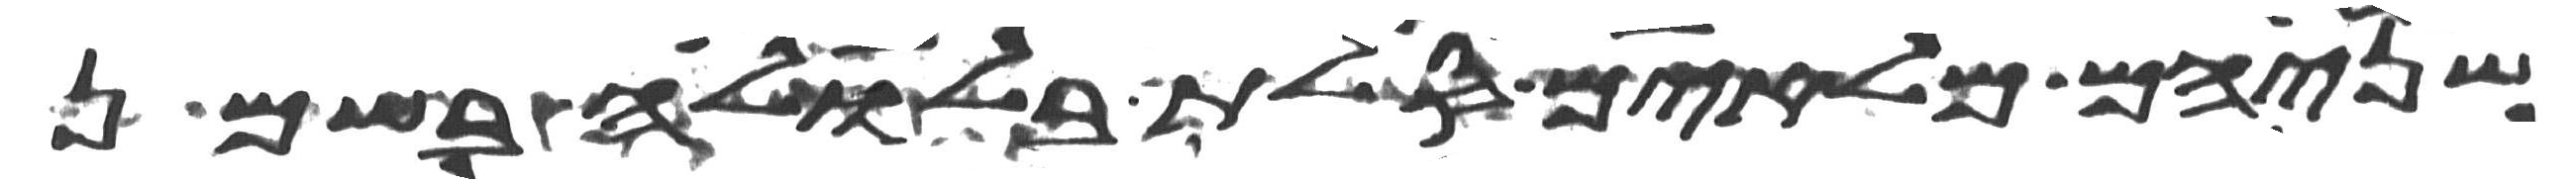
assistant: שניהם מלאים סלת בלולה בשמן